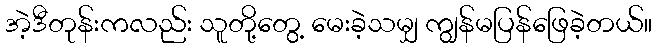
အဲ့ဒီတုန်းကလည်း သူတို့တွေ့ မေးခဲ့သမျှ ကျွန်မပြန်ဖြေခဲ့တယ်။